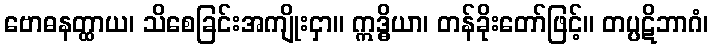
ဗောဓနတ္ထာယ၊ သိစေခြင်းအကျိုးငှာ။ ဣဒ္ဓိယာ၊ တန်ခိုးတော်ဖြင့်။ တပ္ပဋိဘာဂံ၊